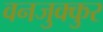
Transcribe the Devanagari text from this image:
वनजुक्कुर